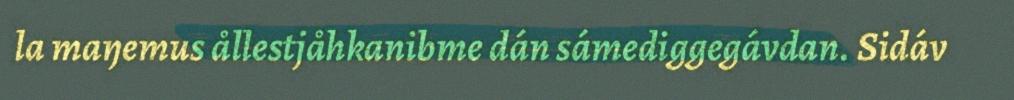
la maŋemus ållestjåhkanibme dán sámediggegávdan. Sidáv